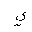
Letter: _ya